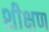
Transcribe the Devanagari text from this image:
शीक्षण